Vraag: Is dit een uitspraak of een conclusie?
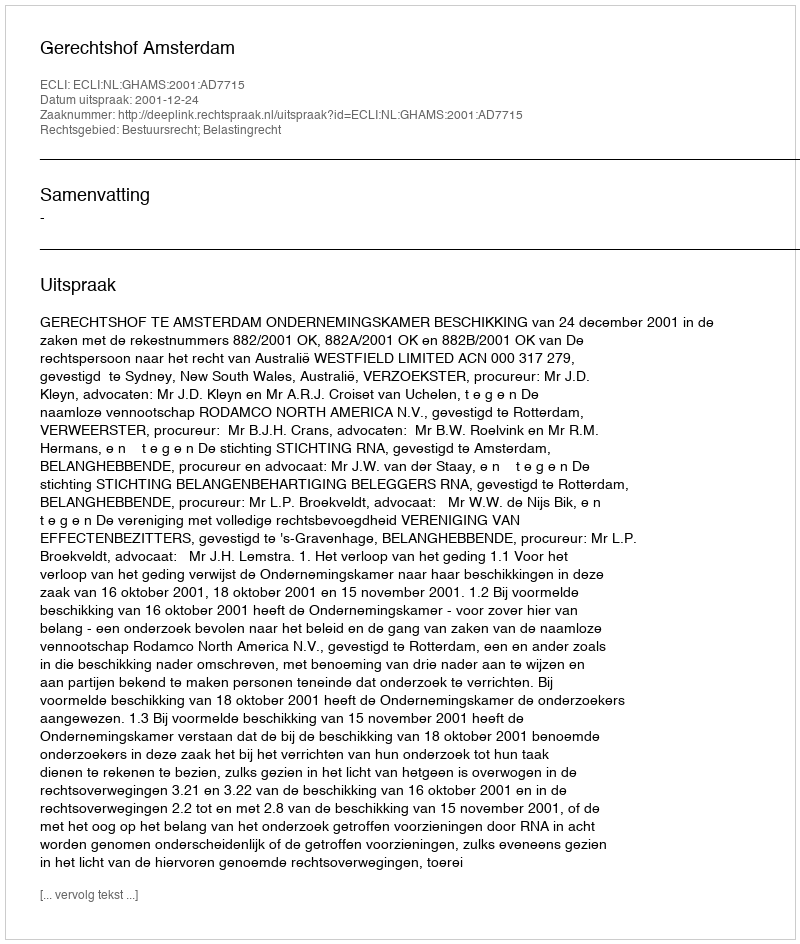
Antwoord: Uitspraak